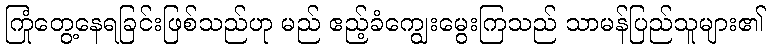
ကြုံတွေ့နေရခြင်းဖြစ်သည်ဟု မည် ဧည့်ခံကျွေးမွေးကြသည် သာမန်ပြည်သူများ၏